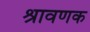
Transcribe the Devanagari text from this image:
श्रावणक